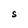
Character: S